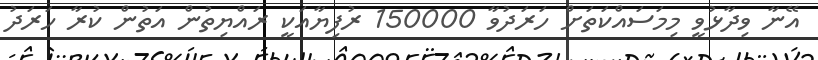
އޭނާ ވިދާޅުވީ މިމަސައްކަތަށް ހަރަދުވާ 150000 ރުފިޔާއަކީ ރައްޔިތުން އަތުން ކުރާ ހަރަދު